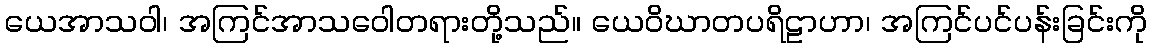
ယေအာသဝါ၊ အကြင်အာသဝေါတရားတို့သည်။ ယေဝိဃာတပရိဠာဟာ၊ အကြင်ပင်ပန်းခြင်းကို